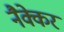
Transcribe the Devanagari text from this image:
नैक्केर